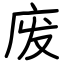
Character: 废